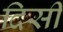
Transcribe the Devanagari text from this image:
दिसी